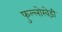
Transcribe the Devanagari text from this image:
फुल्लोखेड़ी